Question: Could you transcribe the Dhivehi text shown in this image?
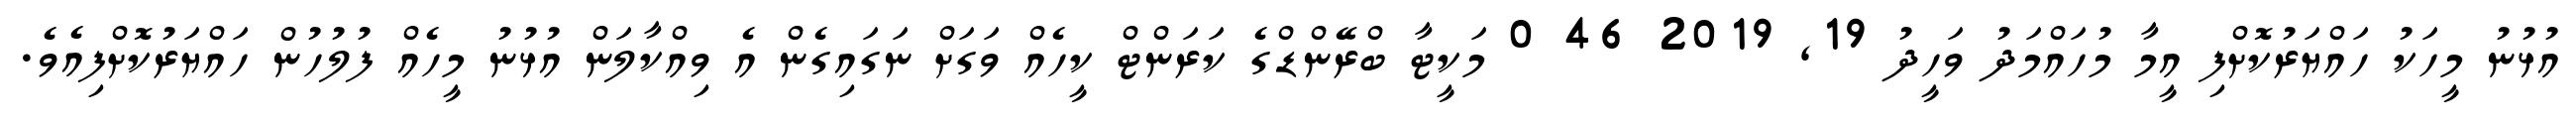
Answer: އުޅުނު މީހަކު ހައްޔަރުކޮށްފި އީމާ މުހައްމަދު ވަހީދު 19, 2019 46 0 މަކީޓާ ބްރޭންޑްގެ ކަރަންޓް ކީހެއް ވަގަށް ނަގައިގެން އެ ވިއްކާލަން އުޅުނު މީހެއް ފުލުހުން ހައްޔަރުކޮށްފިއެވެ.